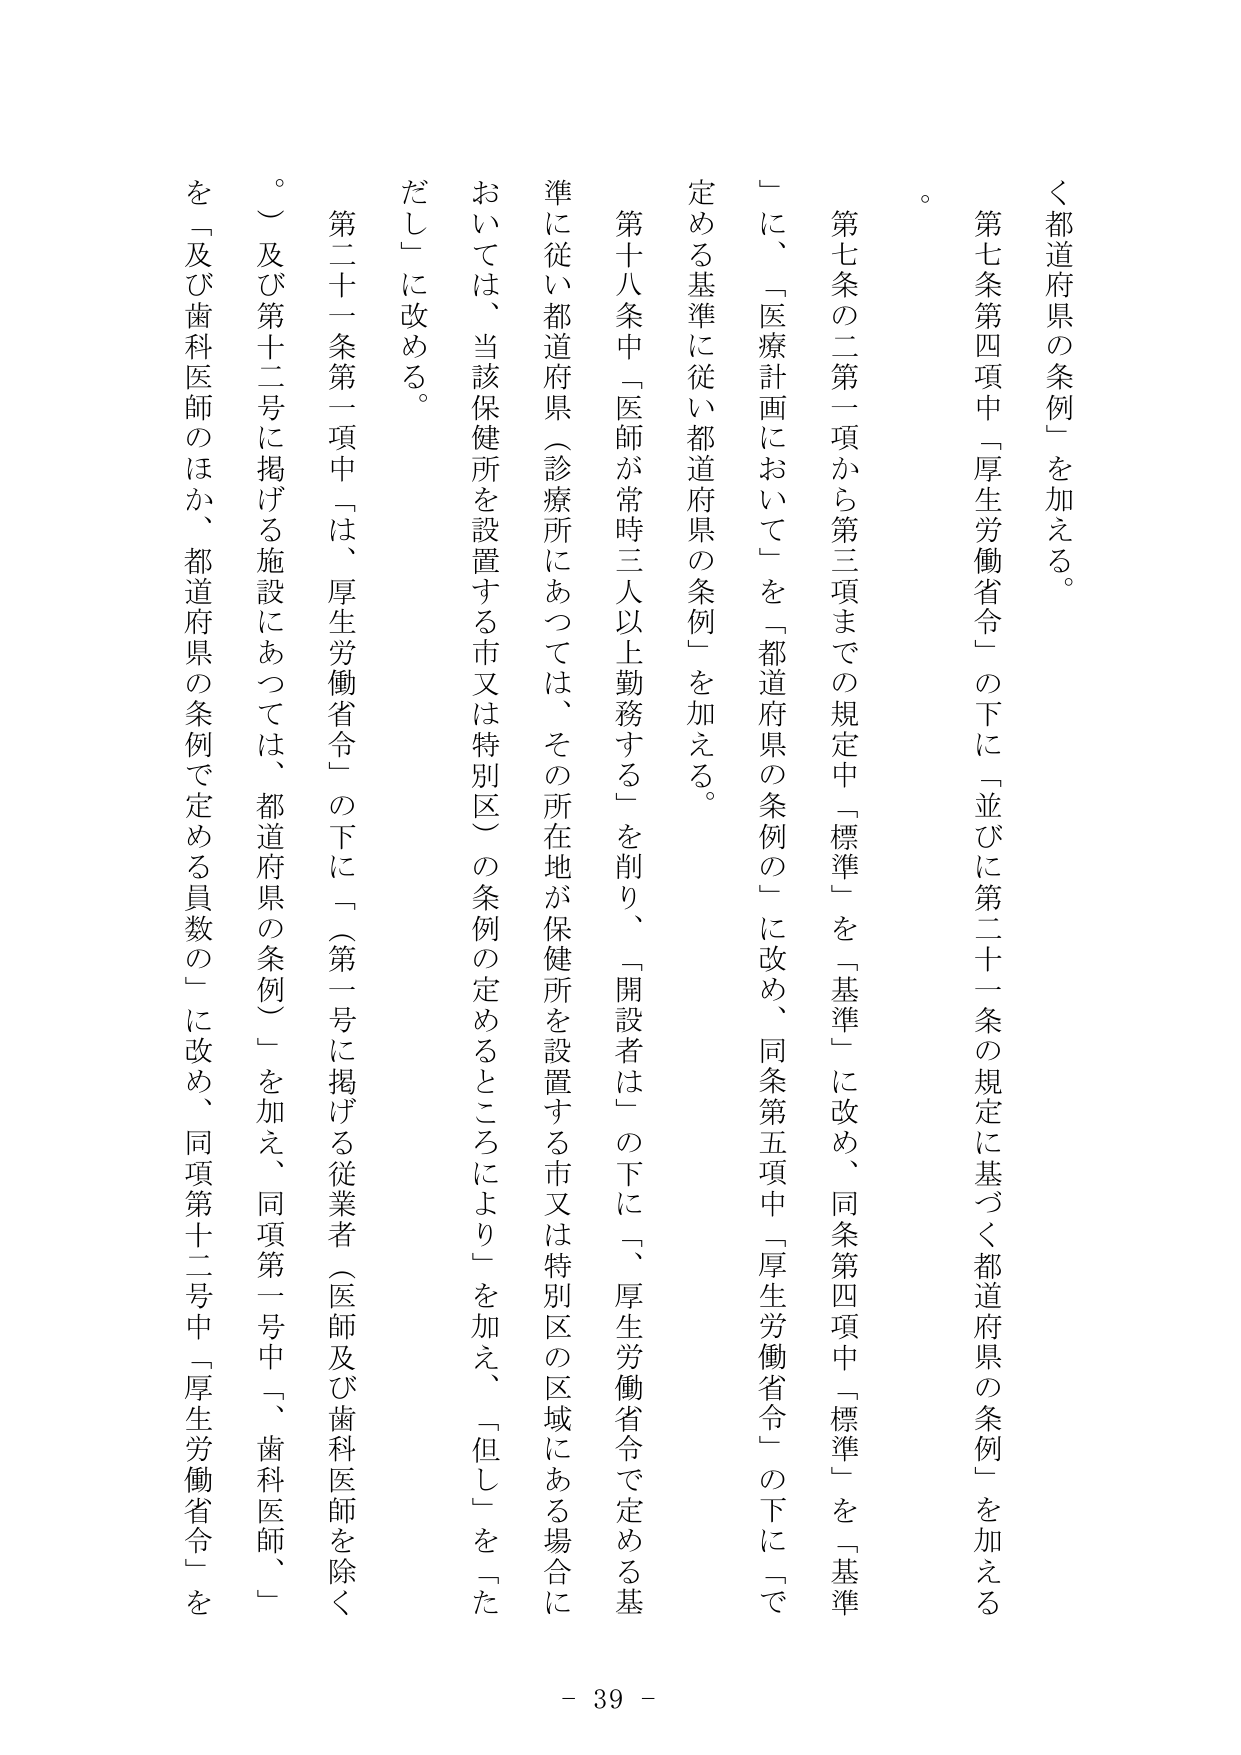
く都道府県の条例」を加える。

第七条第四項中「厚生労働省令」の下に「並びに第二十一条の規定に基づく都道府県の条例」を加える。

第七条の二第一項から第三項までの規定中「標準」を「基準」に改め、同条第四項中「標準」を「基準」に、 「医療計画において」を「都道府県の条例の」に改め、同条第五項中「厚生労働省令」の下に「で定める基準に従い都道府県の条例」を加える。

第十八条中「医師が常時三人以上勤務する」を削り、「開設者は」の下に「、厚生労働省令で定める基準に従い都道府県（診療所にあっては、その所在地が保健所を設置する市又は特別区）の条例の定めるところにより」を加え、「但し」を「ただし」に改める。

第二十一条第一項中「は、厚生労働省令」の下に「（第一号に掲げる従業者（医師及び歯科医師を除く。）及び第十二号に掲げる施設にあっては、都道府県の条例）」を加え、同項第一号中「、歯科医師、」を「及び歯科医師のほか、都道府県の条例で定める員数の」に改め、同項第十二号中「厚生労働省令」を

- 39 -